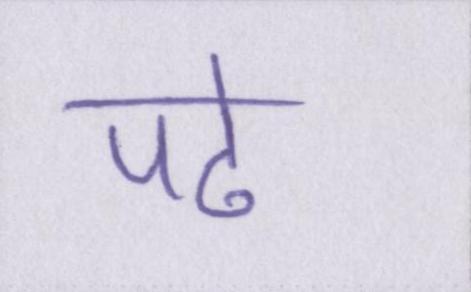
पढे